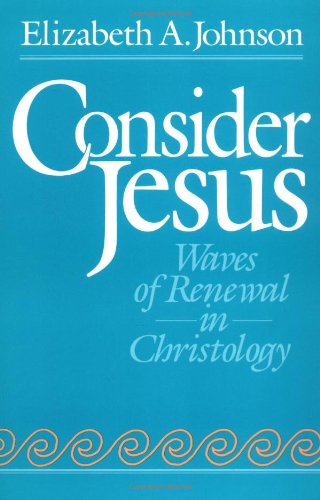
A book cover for Consider Jesus: Waves of Renewal in Christology; Elizabeth A. Johnson; Christian Books & Bibles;